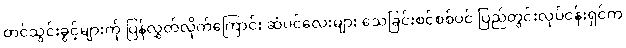
တင်သွင်းခွင့်များကို ပြန်လွှတ်လိုက်ကြောင်း ဆံပင်လေးများ သေခြင်းစင်စစ်ပင် ပြည်တွင်းလုပ်ငန်းရှင်က